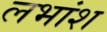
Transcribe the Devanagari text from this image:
लभांश